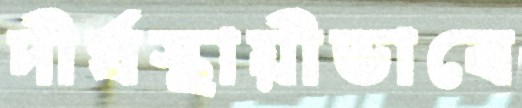
দীর্ঘস্থায়ীভাবে